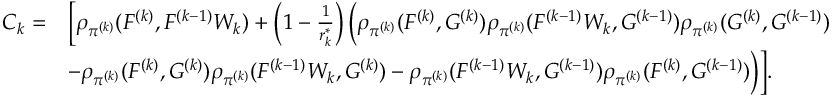
\begin{array} { r l } { C _ { k } = } & { \bigg [ \rho _ { \pi ^ { ( k ) } } ( F ^ { ( k ) } , F ^ { ( k - 1 ) } W _ { k } ) + \left( 1 - \frac { 1 } { r _ { k } ^ { \ast } } \right) \bigg ( \rho _ { \pi ^ { ( k ) } } ( F ^ { ( k ) } , G ^ { ( k ) } ) \rho _ { \pi ^ { ( k ) } } ( F ^ { ( k - 1 ) } W _ { k } , G ^ { ( k - 1 ) } ) \rho _ { \pi ^ { ( k ) } } ( G ^ { ( k ) } , G ^ { ( k - 1 ) } ) } \\ & { - \rho _ { \pi ^ { ( k ) } } ( F ^ { ( k ) } , G ^ { ( k ) } ) \rho _ { \pi ^ { ( k ) } } ( F ^ { ( k - 1 ) } W _ { k } , G ^ { ( k ) } ) - \rho _ { \pi ^ { ( k ) } } ( F ^ { ( k - 1 ) } W _ { k } , G ^ { ( k - 1 ) } ) \rho _ { \pi ^ { ( k ) } } ( F ^ { ( k ) } , G ^ { ( k - 1 ) } ) \bigg ) \bigg ] . } \end{array}